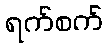
ရက်စက်